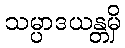
သမ္ပာဒယန္တမှိ